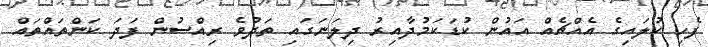
ފެހި ކުލައިގެ އެއްޗެއް އައުން ކުޑަކަމުދާއިރު ދިލަނަގައި ތަދުވެ ރިއްސުން ފަދަ ކަންތައްތައް